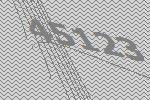
45123